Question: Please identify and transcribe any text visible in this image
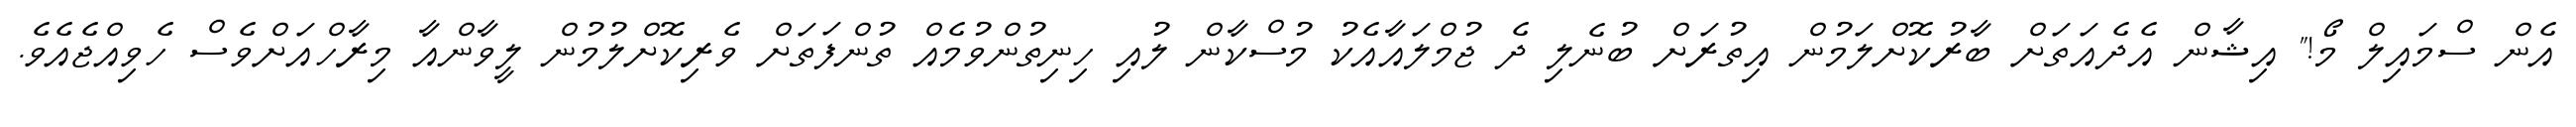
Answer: އެން ސްމައިލް މޯ!" އިޝާން އެދެއަތަށް ބާރުކޮށްލަމުން އިތުރަށް ބުނެލި ދެ ޖުމްލައާއެކު މުސްކާން ލުއި ހިނިތުންވުމެއް ތުންފަތަށް ވެރިކޮށްލުމުން ލީވާންއާ މިރާހްއަށްވެސް ހެވިއްޖެއެވެ.